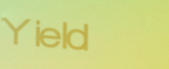
Yield